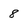
Character: 8